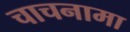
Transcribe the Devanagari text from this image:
चाचनामा